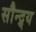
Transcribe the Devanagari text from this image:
सौन्द्र्य